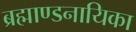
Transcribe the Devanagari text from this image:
ब्रह्माण्डनायिका